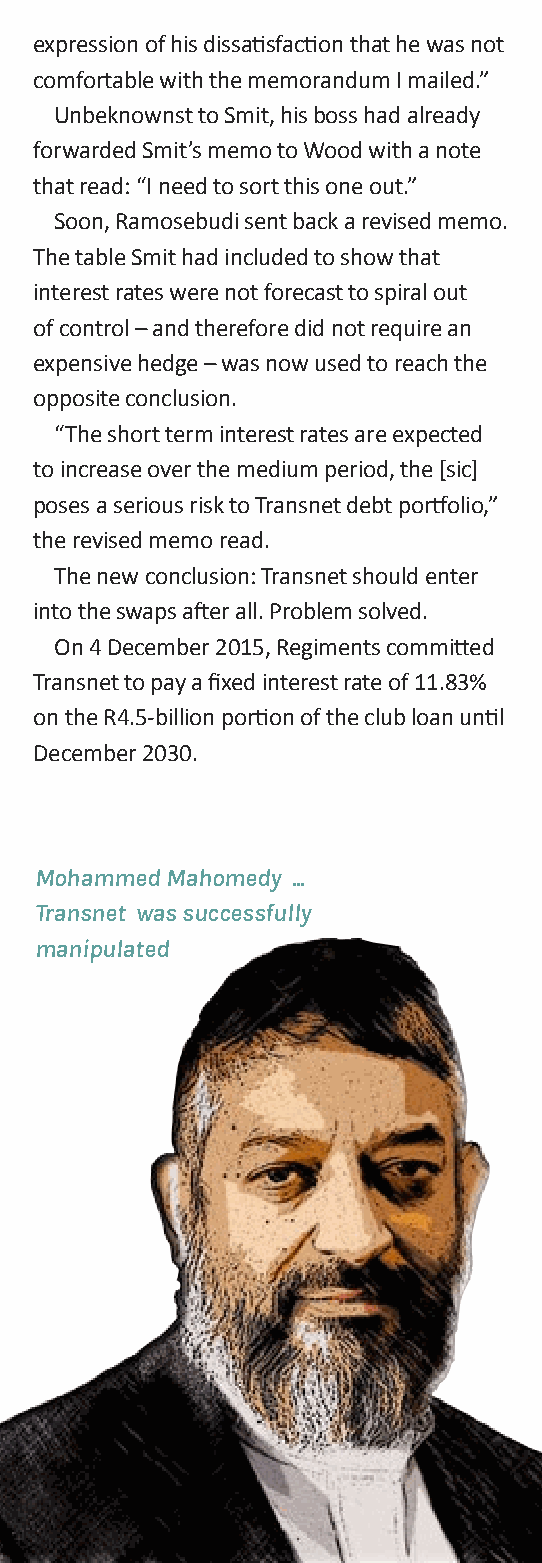
expression of his dissatisfaction that he was not
 comfortable with the memorandum I mailed.”
 Unbeknownst to Smit, his boss had already
 forwarded Smit’s memo to Wood with a note
 that read: “I need to sort this one out.”
 Soon, Ramosebudi sent back a revised memo.
 The table Smit had included to show that
 interest rates were not forecast to spiral out
 of control – and therefore did not require an
 expensive hedge – was now used to reach the
 opposite conclusion.
 “The short term interest rates are expected
 to increase over the medium period, the [sic]
 poses a serious risk to Transnet debt portfolio,”
 the revised memo read.
 The new conclusion: Transnet should enter
 into the swaps after all. Problem solved.
 on 4 December 2015, Regiments committed
 Transnet to pay a fixed interest rate of 11.83%
 on the R4.5-billion portion of the club loan until
 December 2030.
 Mohammed Mahomedy ...
 Transnet was successfully
 manipulated